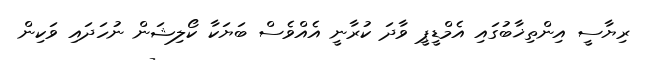
ރިޔާސީ އިންތިޚާބުގައި އެމްޑީޕީ ވާދަ ކުރާނީ އެއްވެސް ބަޔަކާ ކޯލިޝަން ނުހަދައި ވަކިން